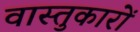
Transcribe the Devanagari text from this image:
वास्‍तुकारों